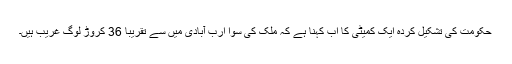
حکومت کی تشکیل کردہ ایک کمیٹی کا اب کہنا ہے کہ ملک کی سوا ارب آبادی میں سے تقریباً 36 کروڑ لوگ غریب ہیں۔